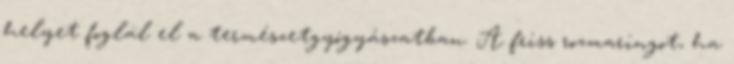
helyet foglal el a természetgyógyászatban. A friss rozmaringot, ha